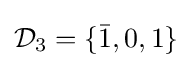
{\mathcal {D}}_{3}=\lbrace {\bar {1}},0,1\rbrace